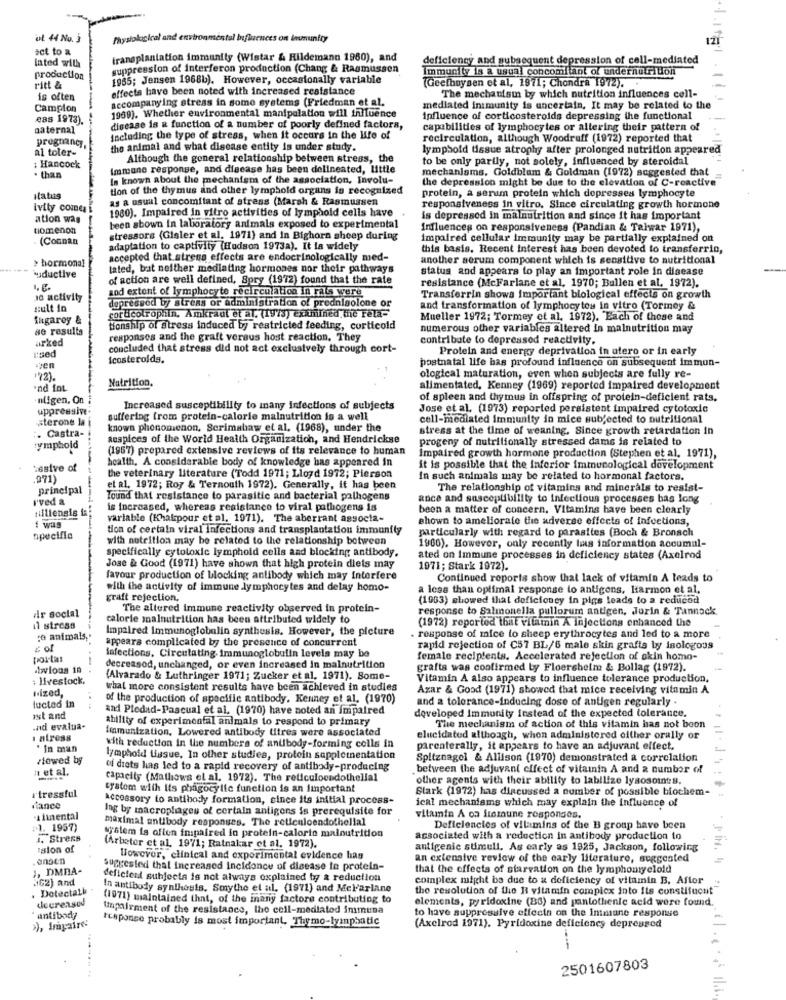
ut 44 No. j
Physiological and environmental Influences on inununfry
set to a
lated with
transplantation immunity (Wistar & Rildemann 1960), and
deficiency and subsequent depression of cell-mediated
suppression of interferon production (Chang & Rasmussen
Immunity is a usual concomitant of undernutritioni
production
1985; Jensen 1968b). However, occasionally variable
(Geefhuysen et al, 1971; Chondra 1972).
ritt &
effects have been noted with increased resistance
is often
accompanying stress in some systems (Friedman et al.
The mechanism by which nutrition influences cell-
Campion
mediated inimunity is uncertain, It may be related to the
eas 1973).
1969). Whether environmental manipulation will influence
influence of corticosteroids depressing the functional
paternal
disease is & function of a number of poorly defined factors,
capabilities of lymphocytes or altering their pattern of
pregnancy,
including the type of stress, when it occurs in the life of
recirculation, although Woodruff (1972) reported that
al toler-
the animal and what disease entity is under study.
lymphold tissue atrophy after prolonged nutrition appeared
Although the general relationship between stress, the
to be only partly, not solely, influenced by steroidal
1 Hancock
Immune response, and disease has been delineated, little
mechanlams, Goldblum & Goldman (1972) suggested that
. than
is known about the mechanism of the association, Involu-
the depression might be due to the elevation of C-reactive
tion of the thymus and other lymphold organs is recognized
protein, a serum protein which dopresses lymphocyte
status
as a usual concomitant of stress (Marsh & Rasmussen
Ivity comesi
1980). Impaired in vitro activities of lymphold cells have
responsiveness in vitro, Since circulating growth hormone
ation was
is depressed in malnutrition and since it has important
tiomenon
been shown in laboratory animals exposed to experimental
Influences on responsiveness (Pandian & Talwar 1971),
(Connan
stressors (Gisler et al. 1971) and In Bighorn sheep during
impaired cellular immunity may be partially explained on
adaptation to captivity (Hudson 1973a). It la widely
this basis. Recent Interest has been devoted to transferrin,
> hormonal
accepted that atrena effects are endocrinologically med-
another serum component which is sensitive to nutritional
`uductive
tated, but neither mediating hormones nor their pathways
status and appears to play an important role in disease
of action are well defined, Spry (1972) found that the rate
and extent of lymphocyte recirculation in rats were
resistance (McFarlane et al, 1970; Bullen et al, 1972).
18 activity
Transferrin shows important biological effects on growth
sult in
depressed by stress or administration of prednisolone or
and transformation of lymphocytes in vitro (Tormey &
fugaroy &
sorucolrophin, Amkraut et al. (1973) exknihned the Feta-
Mueller 1972; Tormey et al. 1972). Each of these and
se results
Honship of Stress induced by restricted feeding, corticoid
numerous other variables altered in malnutrition may
arked
responses and the graft versus host reaction. They
contribute to depressed reactivity.
used
concluded that stress did not act exclusively through cort-
Protein and energy deprivation in utero or in early
icosteroids.
postnatal life has profound influence on subsequent immun-
ven
'72).
Nutrition.
ological maturation, even when subjects are fully re-
nd fot
alimentated, Kenney (1969) reported impaired development
nligen, On
of spleen and thymus in offspring of protein-deficient rats.
uppressive.
Increased susceptibility to many infections of subjects
Jose et al. (1973) reported persistent impaired cytotoxic
sterone la
suffering from protein-calorie malnutrition is a well
cell-mediated immunity in mice subjected to nutritional
known phenomenon, Scrimabaw et al. (1968), under the
stress at the time of weaning. Since growth retardation in
:. Castra-
auspices of the World Health Organization, and Hendrickse
progeny of nutritionally stressed dams is related to
lymphoid
(1967) prepared extensive reviews of its relevance to human
health. A considerable body of knowledge has appeared in
Impaired growth hormone production (Stephen et al, 1971),
tesive of
it is possible that the Inferior immunological development
.971)
the veterinary literature (Todd 1971; Lloyd 1972; Pierson
In such animals may be related to hormonal factors.
principal
et al. 1972; Roy & Ternouth 1972). Generally, it has been
The relationship of vitamins and minerals to resist-
i'ved &
----
Tound that resistance to parasitic and bacterial pathogens
ance and susceptibility to infectious processes bas long
is increased, whereas resistance to viral pathogens is
been a matter of concern, Vitamins have been clearly
variable (Khairpour et al. 1971). The aberrant associa-
shown to ameliorate the adverse effects of infections,
i was
tion of certain viral infections and transplantation immunity
particularly with regard to parasites (Boch & Bronach
specifia
-a
with nutrition may be related to the relationship between
specifically cytotoxic lymphoid cells and blocking antibody.
1966). However, only recently has information accumul-
ated on Immune processes in deficiency states (Axelrod
Jose & Good (1971) have shown that high protein diets may
1971; Stark 1972).
favour production of blocking antibody which may Interfere
Continued reports show that lack of vitamin A leads to
with the activity of immune lymphocytes and delay homo-
a less than optimal response to antigens, Harmon et al.
graft rejection,
(1963) showed that deficiency in pigs leads to a reducod
dir social
The altered immune reactivity observed in protein-
response to Salmonella pullorum antigen, Jurin & Tannock
calorie malnutrition has been attributed widely to
(1972) reported that vitamin A injections enhanced the
11 stress
Impaired Immunoglobulin synthesis. However, the picture
to animals ,.
appears complicated by the presence of concurrent
response of mice to sheep erythrocytes and led to a more
z of
rapid rejection of C57 BL/6 male skin grafts by isologoss
portal
lafections, Circulating. immunoglobulin levels may be
female recipients. Accelerated rejection of skin homo-
bylous in
decreasod, unchanged, or even increased In malnutrition
grafts was confirmed by Floersheim & Bollag (1972).
: livestock.
(Alvarado & Luthringer 1971; Zucker et al. 1971). Some-
Vitamin A also appears to influence tolerance production.
ıized,
what more consistent results have been achieved in studies
Azar & Good (1971) showed that mice receiving vitamin A
lucted in
of the production of specific antibody. Kenney et al. (1970)
and a tolerance-inducing dose of antigen regularly .
and Piedad-Pascual et al. (1970) have noted an impaired
ist and
ability of experimental animals to respond to primary
developed Immunity Instead of the expected tolerance.
.nd evalua-
Immunization, Lowered antibody titres were associated
The mechanism of action of this vitamin has not beon
1 alress
elucidated although, when administered either orally or
* In man
with reduction in the numbers of antibody-forming cells in
parenterally, it appears to have an adjuvant effect.
viewed by
lymphold tissue, In other studies, protein supplementation
Spitznagel & Allison (1970) demonstrated a correlation
n et al.
of diets has led to a rapid recovery of antibody-producing
between the adjuvant effect of vitamin A and a number of
capacity (Mathews el al. 1972). The reticuloendothelial
other agents with their ability to labilize lysosomes.
stressful
system with its phagocylic function is an important
Stark (1972) has discussed a number of possible biochem-
accessory to antibody formation, since its initial process-
rance
Ing by macroplages of certain antigens is prerequisite for
ical mechanisms which may explain the Influence of
ilinental
maximal antibody responses. The reticuloendothelial
vitamin A on fromune responses.
:1. 1957)
Deficiencies of vilamins of the B group have been
1. Strees
System is often impaired in protein-calorie malnutrition
associated with a reduction in antibody production to
"sion of
(Arbeter et al. 1971; Ratnakar ct al. 1972).
antigenic stimuli, As carly as 1925, Jackson, following
.ensen
However, clinical and experimental evidence has
an extensive review of the early literature, suggested
1, DMBA-
suggested that increased Incidence of disease to protein-
that the effects of starvation on the lymphomyeloid
362) and
deficient subjects is not always explained by a reduction
complex might ba due to a deficiency of vitamin B. After
. Detectatk
In antibody synthesis. Smythe et al. (1971) and Mel'arlane
the resolution of the I vitamin complex into its constitucut
decreased
(1971) maintained that, of the inany factors contributing to
elements, pyridoxine (BG) and pantothenic acid were found.
Impairment of the resistance, the cell-mediated immuna
to have suppressive effects on the Immune response
antibody
response probably is most important, Thymo-lymphatic
›), frapaire:
(Axelrod 1971). Pyridoxine deficiency depressed
2501607803